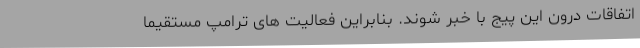
اتفاقات درون این پیج با خبر شوند. بنابراین فعالیت های ترامپ مستقیما